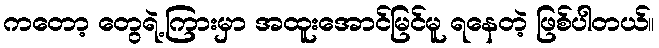
ကတော့ တွေရဲ့ကြားမှာ အထူးအောင်မြင်မူ ရနေတဲ့ ဖြစ်ပါတယ်။